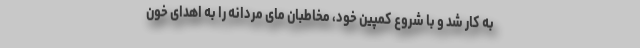
به کار شد و با شروع کمپین خود، مخاطبان مای مردانه را به اهدای خون